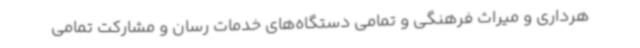
هرداری و میراث فرهنگی و تمامی دستگاه‌های خدمات رسان و مشارکت تمامی